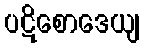
ပဋိစောဒေယျ